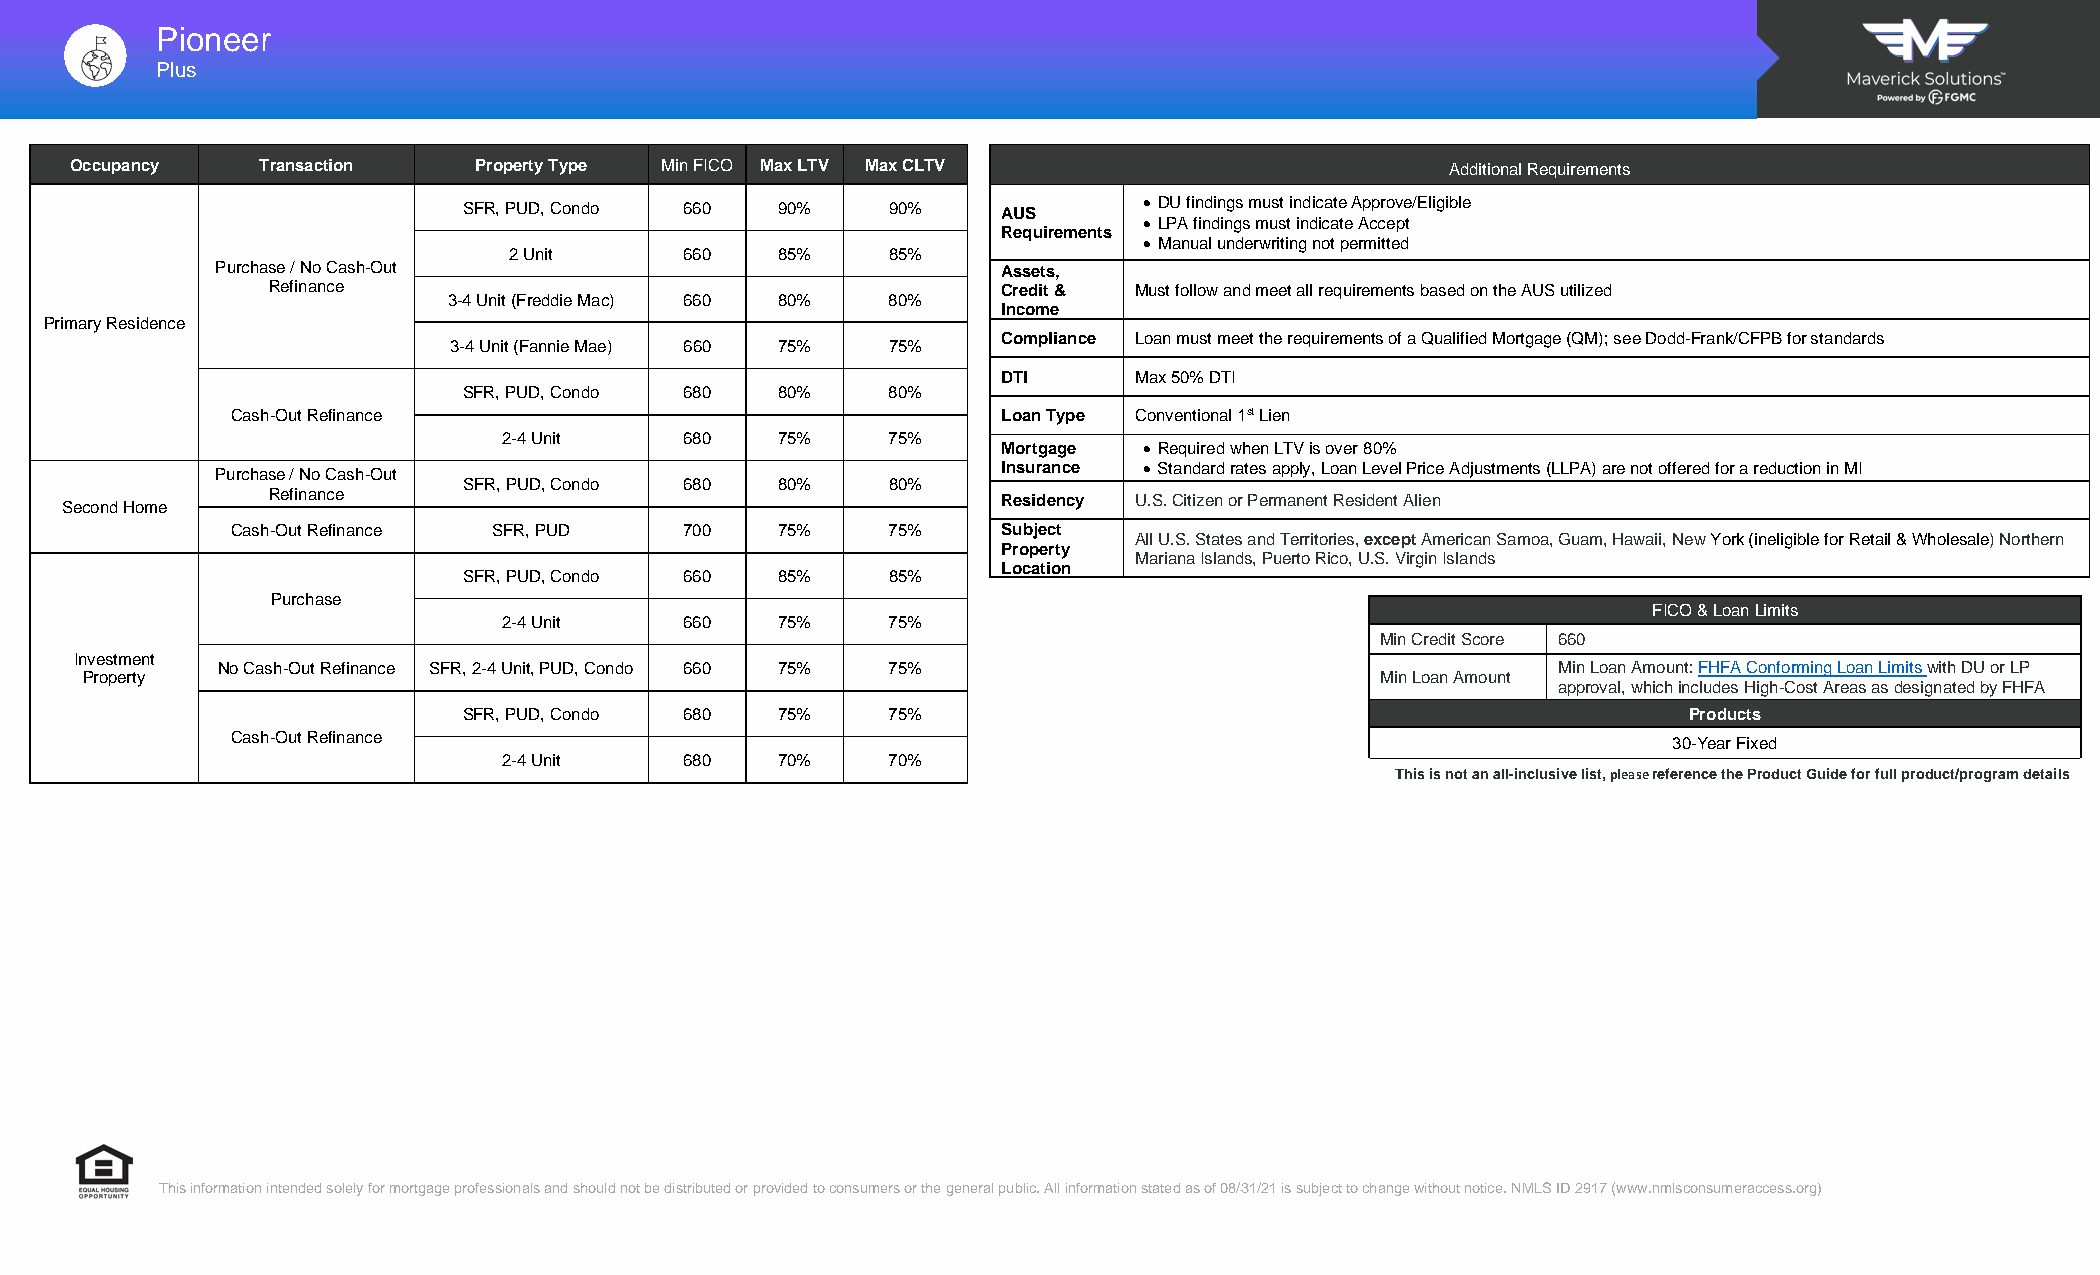
Pioneer
 Plus
 Occupancy   Transaction   Property Type Min FICO Max LTV Max CLTV                          Additional Requirements
 SFR, PUD, Condo 660 90%     90%    AUS       • DU findings must indicate Approve/Eligible
 • LPA findings must indicate Accept
 Requirements
 • Manual underwriting not permitted
 2 Unit     660   85%     85%
 Purchase / No Cash-Out                              Assets,
 Refinance                                       Credit & Must follow and meet all requirements based on the AUS utilized
 3-4 Unit (Freddie Mac) 660 80% 80%
 Income
 Primary Residence
 Compliance Loan must meet the requirements of a Qualified Mortgage (QM); see Dodd-Frank/CFPB for standards
 3-4 Unit (Fannie Mae) 660 75% 75%
 DTI      Max 50% DTI
 SFR, PUD, Condo 680 80%     80%
 Cash-Out Refinance                                 Loan Type Conventional 1st Lien
 2-4 Unit    680   75%     75%
 Mortgage  • Required when LTV is over 80%
 Purchase / No Cash-Out                              Insurance • Standard rates apply, Loan Level Price Adjustments (LLPA) are not offered for a reduction in MI
 SFR, PUD, Condo 680 80%     80%
 Second Home   Refinance                                       Residency U.S. Citizen or Permanent Resident Alien
 Cash-Out Refinance SFR, PUD   700   75%     75%    Subject
 All U.S. States and Territories, except American Samoa, Guam, Hawaii, New York (ineligible for Retail & Wholesale) Northern
 Property
 Mariana Islands, Puerto Rico, U.S. Virgin Islands
 Location
 SFR, PUD, Condo 660 85%     85%
 Purchase
 FICO & Loan Limits
 2-4 Unit    660   75%     75%
 Min Credit Score 660
 Investment
 No Cash-Out Refinance SFR, 2-4 Unit, PUD, Condo 660 75% 75%                              Min Loan Amount: FHFA Conforming Loan Limits with DU or LP
 Property                                                                              Min Loan Amount
 approval, which includes High-Cost Areas as designated by FHFA
 SFR, PUD, Condo 680 75%     75%                                                  Products
 Cash-Out Refinance                                                                              30-Year Fixed
 2-4 Unit    680   70%     70%
 This is not an all-inclusive list, please reference the Product Guide for full product/program details
 This information intended solely for mortgage professionals and should not be distributed or provided to consumers or the general public. All information stated as of 08/31/21 is subject to change without notice. NMLS ID 2917 (www.nmlsconsumeraccess.org)